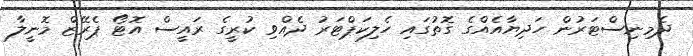
ދެމިނިސްޓަރުން ހަދިޔާއެއްގެ ގޮތުގައި ހެލިކަޕްޓަރު ދެއްވި ކުރީގެ ރައީސް އޮޓޯ ޕެރޭޒް މޮނީލާ